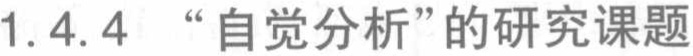
1.4.4 “自觉分析”的研究课题